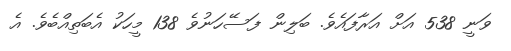
ވަނީ 538 އަށް އަރާފައެވެ. ބަލިން ފަސޭހަނުވެ 138 މީހަކު އެބަތިއްބެވެ. އެ